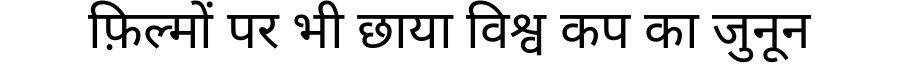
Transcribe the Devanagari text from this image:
फ़िल्मों पर भी छाया विश्व कप का जुनून